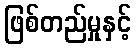
ဖြစ်တည်မှုနှင့်